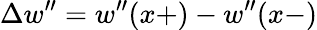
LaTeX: \Delta w^{\prime\prime}=w^{\prime\prime}(x+)-w^{\prime\prime}(x-)